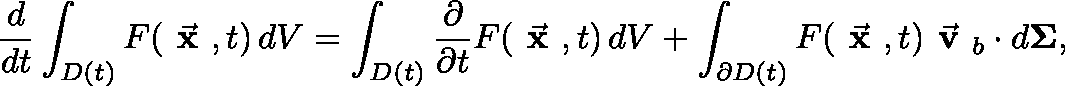
{ \frac { d } { d t } } \int _ { D ( t ) } F ( { \vec { \textbf { x } } } , t ) \, d V = \int _ { D ( t ) } { \frac { \partial } { \partial t } } F ( { \vec { \textbf { x } } } , t ) \, d V + \int _ { \partial D ( t ) } F ( { \vec { \textbf { x } } } , t ) { \vec { \textbf { v } } } _ { b } \cdot d \mathbf { \Sigma } ,